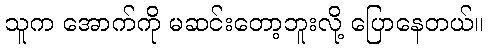
သူက အောက်ကို မဆင်းတော့ဘူးလို့ ပြောနေတယ်။